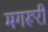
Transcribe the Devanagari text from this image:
मगरूरी